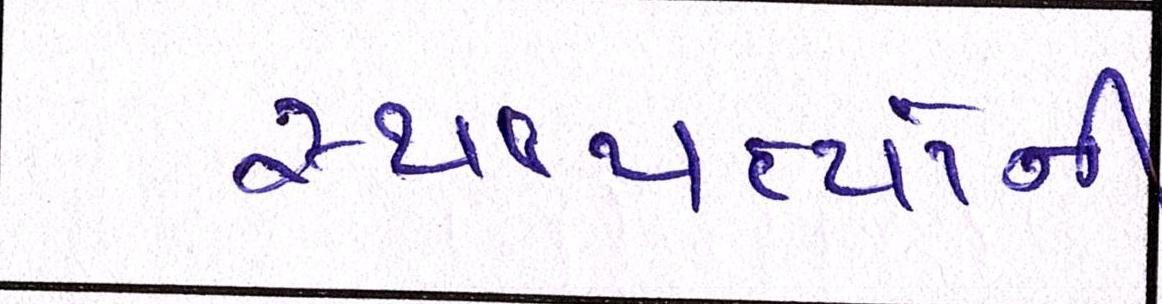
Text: સ્થાપત્યોની